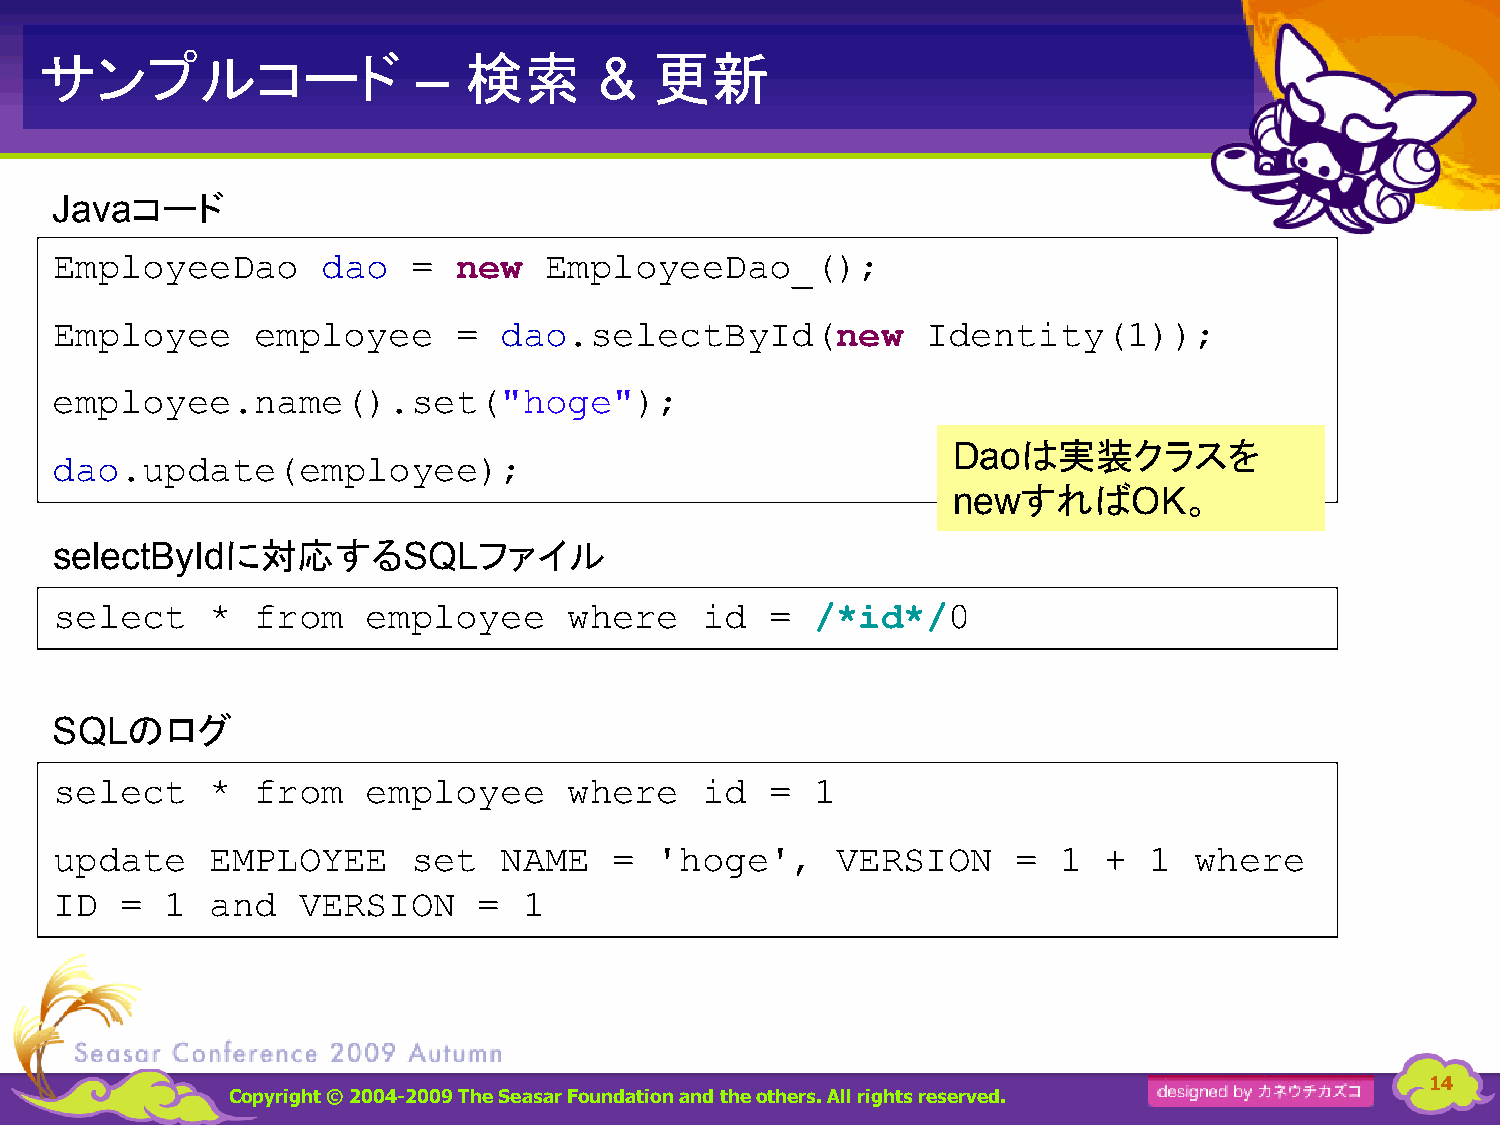
サンプルコード                     検索          更新
 –           &
 コード
 Java
 EmployeeDao       dao   =  new   EmployeeDao_();
 Employee      employee     =  dao.selectById(new          Identity(1));
 employee.name().set("hoge");
 は実装クラスを
 Dao
 dao.update(employee);
 すれば       。
 new         OK
 に対応する            ファイル
 selectById              SQL
 select     *  from   employee      where   id   =  /*id*/0
 のログ
 SQL
 select     *  from   employee      where   id   =  1
 update     EMPLOYEE     set   NAME    = 'hoge',     VERSION     =  1  +  1  where
 ID   =  1  and   VERSION     =  1
 14
 Copyright © 2004-2009 The Seasar Foundationand the others. All rights reserved.